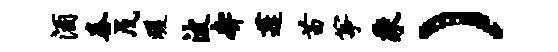
酒舂戊暖波奔蓬苗筝乘）